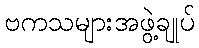
ဗကသများအဖွဲ့ချုပ်